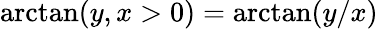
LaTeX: \arctan(y,x>0)=\arctan(y/x)